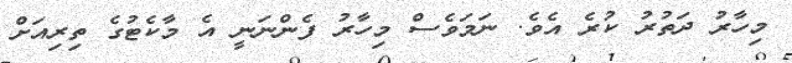
މިހާރު ދަތުރު ކުރެ އެވެ. ނަމަވެސް މިހާރު ފެންނަނީ އެ މާކެޓުގެ ތިރިއަށް